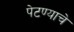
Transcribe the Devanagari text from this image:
पेटण्याचे